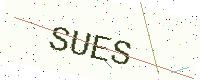
Text: SUES